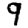
Digit: 9